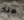
منذ